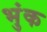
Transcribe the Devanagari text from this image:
भुंक